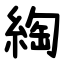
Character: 綯